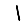
Digit: 1